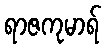
ရာဇကုမာရ်